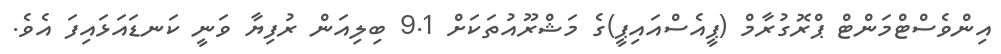
އިންވެސްޓްމަންޓް ޕްރޮގުރާމް (ޕީއެސްއައިޕީ)ގެ މަޝްރޫއުތަކަށް 9.1 ބިލިއަން ރުފިޔާ ވަނީ ކަނޑައަޅައިފަ އެވެ.